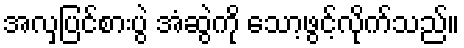
အလှပြင်စားပွဲ အံဆွဲကို သော့ဖွင့်လိုက်သည်။